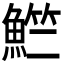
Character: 𬵚